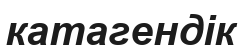
катагендік